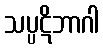
သပ္ပဋိဘာဂါ